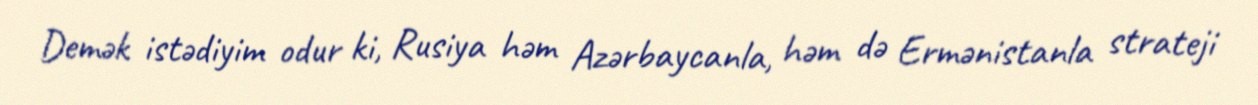
Demək istədiyim odur ki, Rusiya həm Azərbaycanla, həm də Ermənistanla strateji